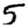
Digit: 5